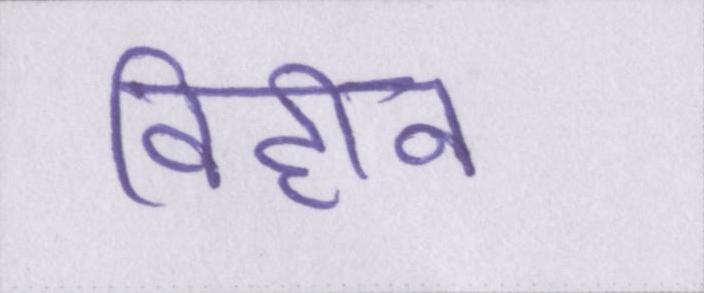
विहीन